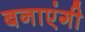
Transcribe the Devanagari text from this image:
बनाएंगी